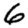
Digit: 6